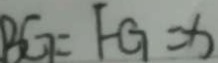
B G = F G = x